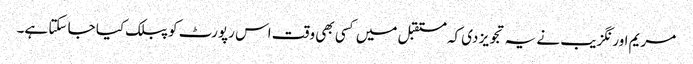
مریم اورنگزیب نے یہ تجویز دی کہ مستقبل میں کسی بھی وقت اس رپورٹ کو پبلک کیا جا سکتا ہے۔